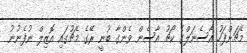
މެޗަށްފަހު އާސެނަލްގެ ކޯޗު އާސެން ވެންގާ ބުނީ ރޭގެ މެޗުގައި އޮޒިލް ނުފެނުނު